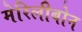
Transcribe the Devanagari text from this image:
मेरिलीबोन